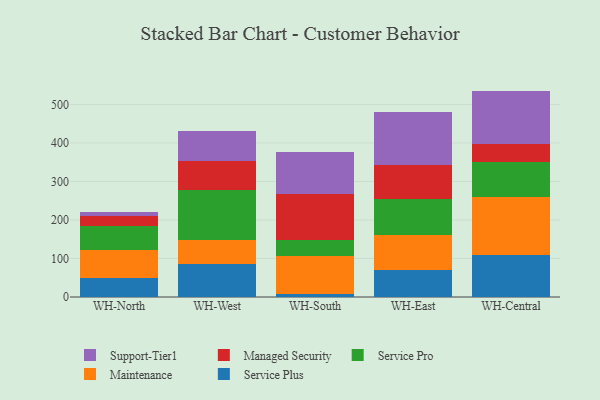
{"axis": {"x": "Warehouse", "y": "Latency (ms)"}, "legend": ["Maintenance", "Managed Security", "Service Plus", "Service Pro", "Support-Tier1"], "data": [{"x": "WH-North", "y": 48.1, "type": "Service Plus"}, {"x": "WH-North", "y": 74.3, "type": "Maintenance"}, {"x": "WH-North", "y": 62.0, "type": "Service Pro"}, {"x": "WH-North", "y": 27.1, "type": "Managed Security"}, {"x": "WH-North", "y": 8.3, "type": "Support-Tier1"}, {"x": "WH-West", "y": 86.1, "type": "Service Plus"}, {"x": "WH-West", "y": 61.6, "type": "Maintenance"}, {"x": "WH-West", "y": 130.0, "type": "Service Pro"}, {"x": "WH-West", "y": 74.7, "type": "Managed Security"}, {"x": "WH-West", "y": 78.1, "type": "Support-Tier1"}, {"x": "WH-South", "y": 6.7, "type": "Service Plus"}, {"x": "WH-South", "y": 98.5, "type": "Maintenance"}, {"x": "WH-South", "y": 44.0, "type": "Service Pro"}, {"x": "WH-South", "y": 117.1, "type": "Managed Security"}, {"x": "WH-South", "y": 110.2, "type": "Support-Tier1"}, {"x": "WH-East", "y": 68.9, "type": "Service Plus"}, {"x": "WH-East", "y": 92.8, "type": "Maintenance"}, {"x": "WH-East", "y": 92.8, "type": "Service Pro"}, {"x": "WH-East", "y": 87.6, "type": "Managed Security"}, {"x": "WH-East", "y": 137.2, "type": "Support-Tier1"}, {"x": "WH-Central", "y": 108.3, "type": "Service Plus"}, {"x": "WH-Central", "y": 151.1, "type": "Maintenance"}, {"x": "WH-Central", "y": 91.2, "type": "Service Pro"}, {"x": "WH-Central", "y": 47.7, "type": "Managed Security"}, {"x": "WH-Central", "y": 136.9, "type": "Support-Tier1"}]}